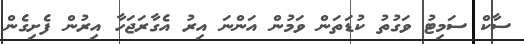
ސާކް ސަމިޓު ވަގުތު ކުޑަތަން ވަމުން އަންނަ އިރު އެގާރަޖަހާ އިރުން ފެށިގެން